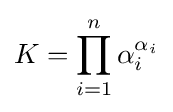
K=\prod _{i=1}^{n}\alpha _{i}^{\alpha _{i}}